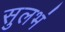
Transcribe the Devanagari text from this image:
सुलभं